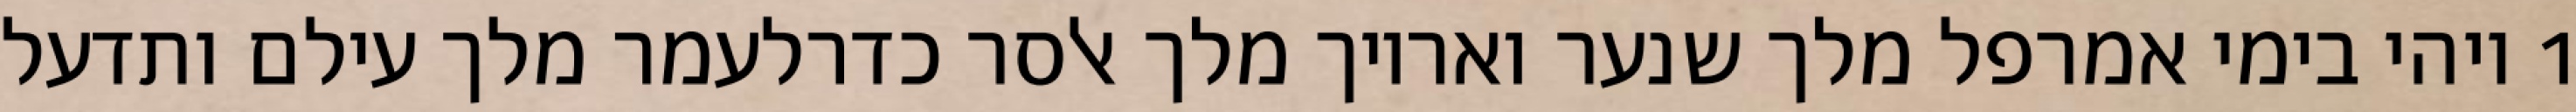
1 ויהי בימי אמרפל מלך שנער ואריוך מלך אלסר כדרלעמר מלך עילם ותדעל